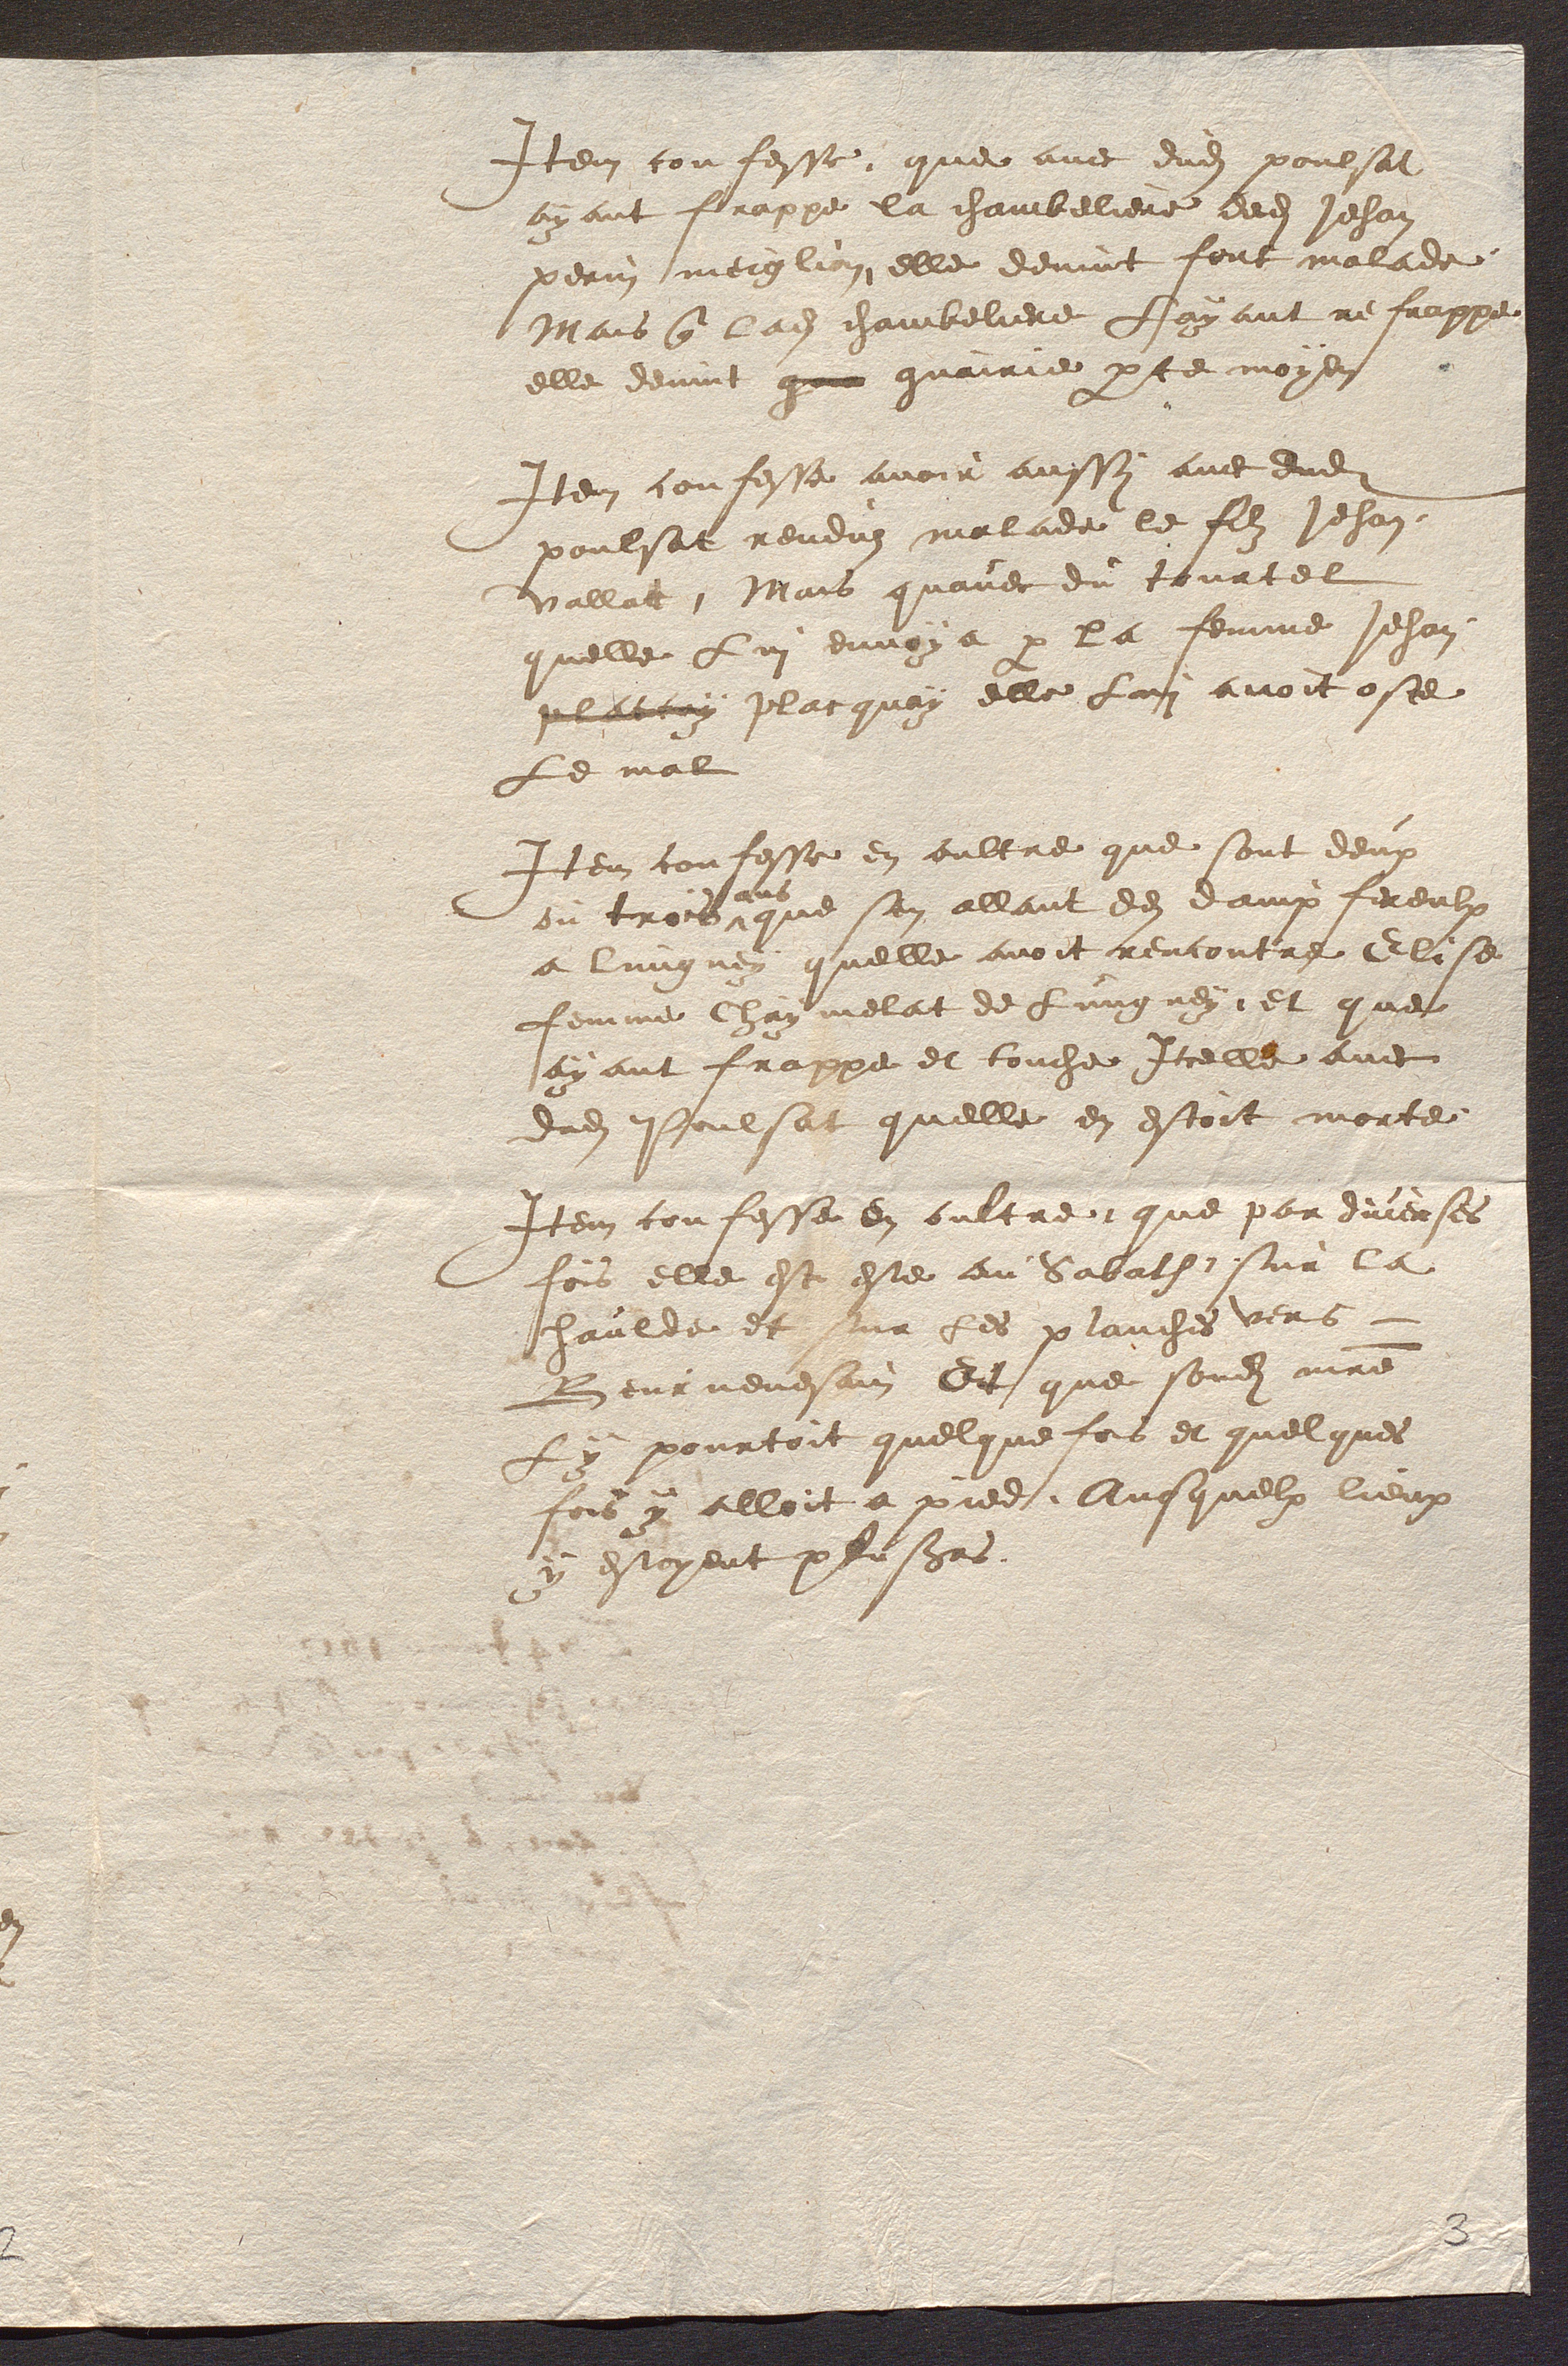
Item confesse que avec dudit poulsat
ayant frappe la chambeliere dedit Jehan
perin meiglion elle devint fort malade
Mais que ladite chambeliere Fayant re frappe
elle devint que guairie par ce moyen
Item confesse avoir aussy avec dudit
poulsat renduz malade le fils Jehan
vallat, Mais quavec du tourtel
quelle Lui envoya par la femme Jehan
placcuy placquay elle Lui avoit oste
Le mal
Item confesse en oultre que sont deux
ou trois
ans
que sen allant des damp fereulx
a lungvey quelle avoit rencontre Elise
femme Chay melat de Lungney, et que
ayant frappe et couche Iccelle avec
dudit Poulsat quelle en estoit morte
Item confesse en oultre que par diierses
fois elle est este au Sabath sur la
haulde et sur fes planches vers
Beurnevesain Et que sondit maitre
y pourtoit quelque fois et quel ques
fois y alloit a pied, Auesquelx lieux
y estoyent plusieurs